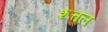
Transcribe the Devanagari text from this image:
शत्तल